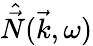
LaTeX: \hat{\vec{N}}(\vec{k},\omega)